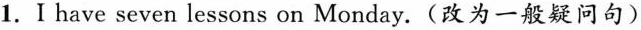
1.I have seven lessons on Monday.(改为一般疑问句)